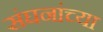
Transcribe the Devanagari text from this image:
संघनांच्या